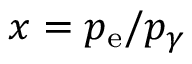
x = { { p _ { \mathrm { e } } } / { p _ { \gamma } } }